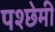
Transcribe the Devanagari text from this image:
पश्छेमी